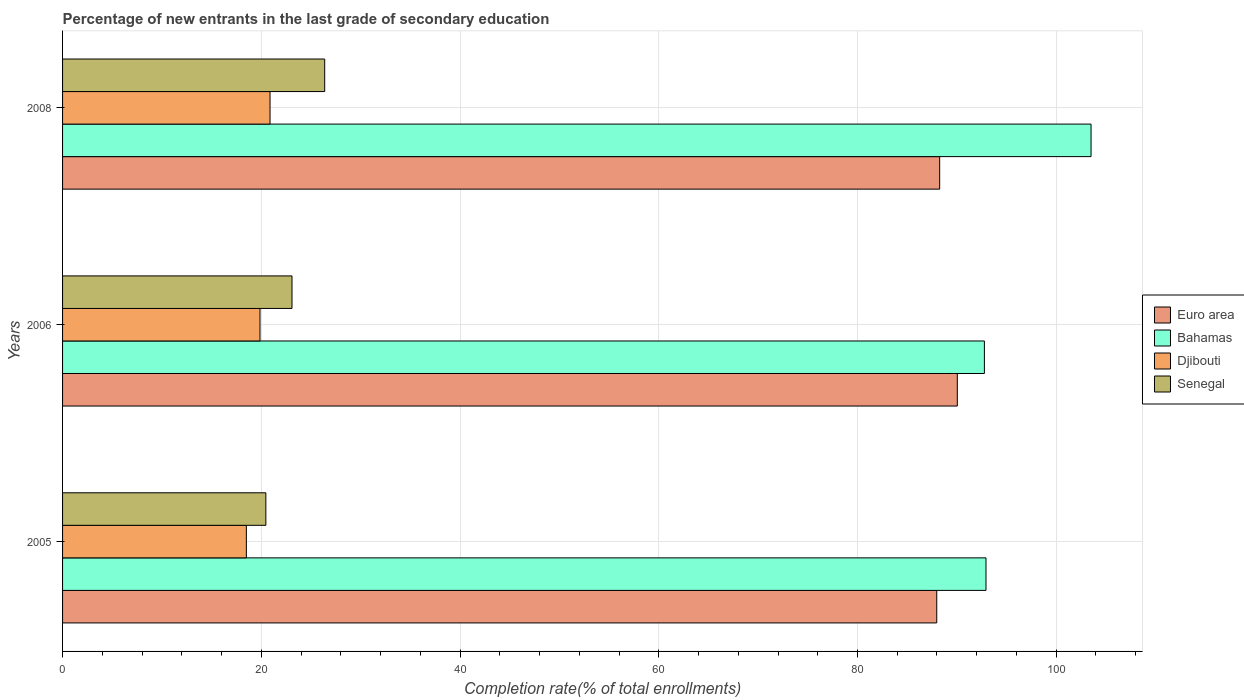
| Years | Euro area | Bahamas | Djibouti | Senegal |
 | --- | --- | --- | --- | --- |
 | 2005 | 88 | 92.9 | 18.5 | 20.5 |
 | 2006 | 90 | 92.8 | 19.9 | 23.1 |
 | 2008 | 88.3 | 104 | 20.9 | 26.4 |